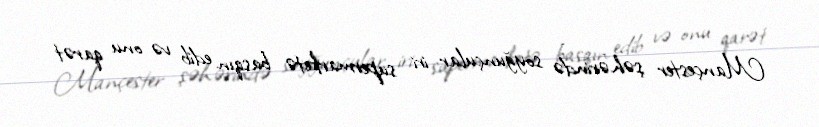
Mançester şəhərində soyğunçular iri supermarketə basqın edib və onu qarət